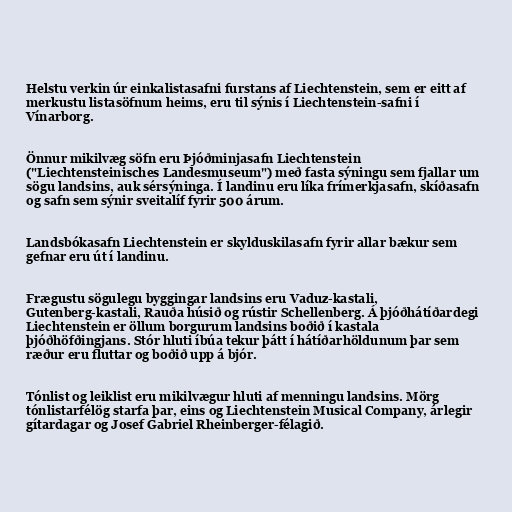
Helstu verkin úr einkalistasafni furstans af Liechtenstein, sem er eitt af
merkustu listasöfnum heims, eru til sýnis í Liechtenstein-safni í
Vínarborg.

Önnur mikilvæg söfn eru Þjóðminjasafn Liechtenstein
("Liechtensteinisches Landesmuseum") með fasta sýningu sem fjallar um
sögu landsins, auk sérsýninga. Í landinu eru líka frímerkjasafn, skíðasafn
og safn sem sýnir sveitalíf fyrir 500 árum.

Landsbókasafn Liechtenstein er skylduskilasafn fyrir allar bækur sem
gefnar eru út í landinu.

Frægustu sögulegu byggingar landsins eru Vaduz-kastali,
Gutenberg-kastali, Rauða húsið og rústir Schellenberg. Á þjóðhátíðardegi
Liechtenstein er öllum borgurum landsins boðið í kastala
þjóðhöfðingjans. Stór hluti íbúa tekur þátt í hátíðarhöldunum þar sem
ræður eru fluttar og boðið upp á bjór.

Tónlist og leiklist eru mikilvægur hluti af menningu landsins. Mörg
tónlistarfélög starfa þar, eins og Liechtenstein Musical Company, árlegir
gítardagar og Josef Gabriel Rheinberger-félagið.